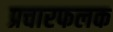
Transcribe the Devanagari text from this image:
प्रचारफलक